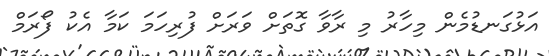
އަޅުގަނޑުމެން މިހާރު މި ރާވާ ގޮތަށް ވަރަށް ފުރިހަމަ ކަމާ އެކު ފޯރަމް